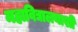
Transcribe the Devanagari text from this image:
महाविद्यालयाशी